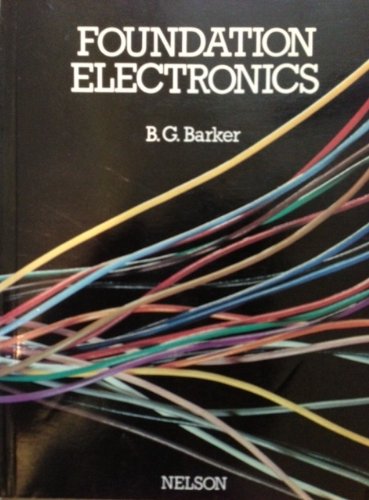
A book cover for Foundation Electronics; B.G. Barker; Children's Books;